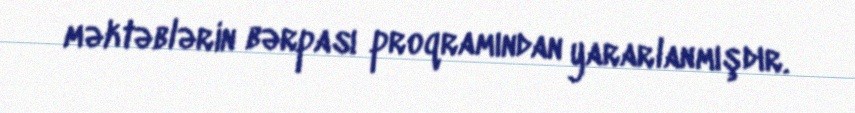
məktəblərin bərpası proqramından yararlanmışdır.